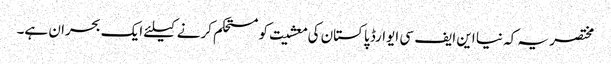
مختصر یہ کہ نیا این ایف سی ایوارڈ پاکستان کی معشیت کو مستحکم کرنے کیلئے ایک بحران ہے۔